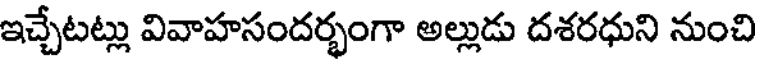
ఇచ్చేటట్లు వివాహసందర్భంగా అల్లుడు దశరధుని నుంచి